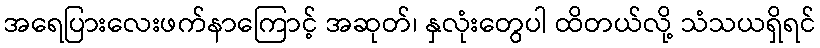
အရေပြားလေးဖက်နာကြောင့် အဆုတ်၊ နှလုံးတွေပါ ထိတယ်လို့ သံသယရှိရင်